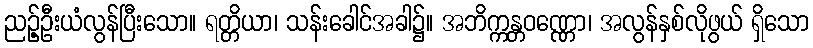
ညဉ့်ဦးယံလွန်ပြီးသော။ ရတ္တိယာ၊ သန်းခေါင်အခါ၌။ အဘိက္ကန္တဝဏ္ဏော၊ အလွန်နှစ်လိုဖွယ် ရှိသော